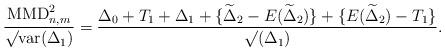
LaTeX: \begin{align*}\frac{\textup{MMD}_{n,m}^{2}}{\surd{\textup{var}(\Delta_{1})}}=\frac{\Delta_0+T_1+\Delta_1+\{\widetilde{\Delta}_{2}-E(\widetilde{\Delta}_{2})\}+\{E(\widetilde{\Delta}_{2})-T_1\}}{\surd{(\Delta_1)}}. \end{align*}